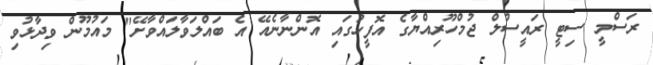
ރަސްމީ ސިޓީ ރައީސުލް ޖުމްހޫރިއްޔާގެ އޮފީހުގައި އޮންނާނެއޭ އެ ބައްލަވާލައްވާށޭ" މައުމޫން ވިދާޅުވި